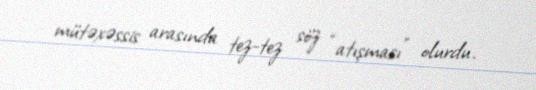
mütəxəssis arasında tez-tez söz “atışması” olurdu.